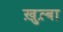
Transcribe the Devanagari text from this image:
ख़ुत़्बा